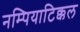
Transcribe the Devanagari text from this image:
नम्पियाटिक्कल